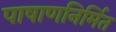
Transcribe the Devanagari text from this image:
पाषाणनिर्मित